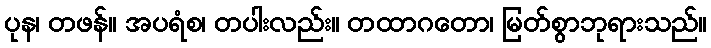
ပုန၊ တဖန်။ အပရံစ၊ တပါးလည်း။ တထာဂတော၊ မြတ်စွာဘုရားသည်။